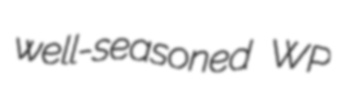
well-seasoned WP